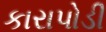
કારાપોડી